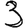
Digit: 3